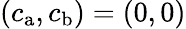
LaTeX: {(c_{\mathrm{a}},c_{\mathrm{b}})=(0,0)}